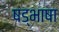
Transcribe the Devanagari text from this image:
षड्भाषा